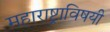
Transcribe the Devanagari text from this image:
महाराष्ट्राविषयी